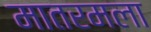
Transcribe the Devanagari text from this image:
मातरमला